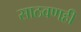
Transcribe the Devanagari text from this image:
साठवणही